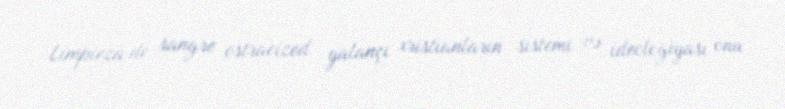
Limpieza de sangre ostracized yalançı xristianların sistemi və ideologiyası onu